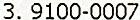
3. 9100-0007